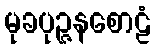
မုခပုဉ္ဇနစောဠံ